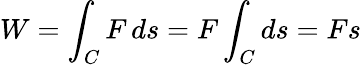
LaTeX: W=\int_{C}F\, ds=F\int_{C}ds=Fs